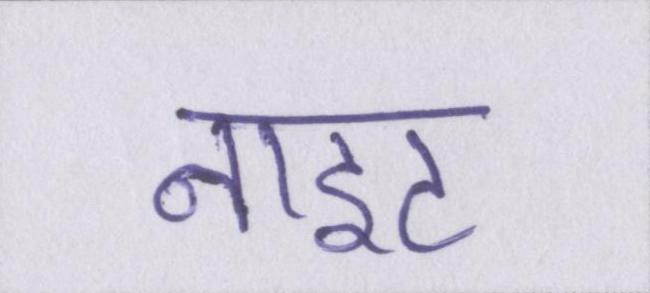
नाइट